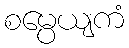
စမ္ပေယျကံ